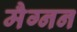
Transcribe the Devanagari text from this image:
मैग्नन